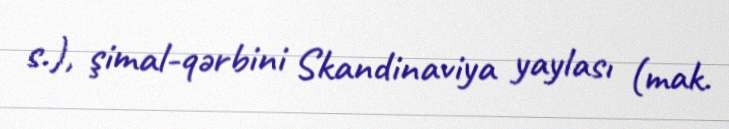
s.), şimal-qərbini Skandinaviya yaylası (mak.